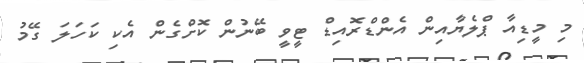
މި މީޑިއާ ޕްލެޔާއިން އެންޑްރޮއިޑް ޓީވީ ބޭނުން ކޮށްގެން އެކި ކަހަލަ ގޭމު